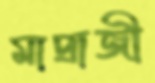
মাদ্রাজী